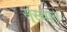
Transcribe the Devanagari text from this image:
स्ंस्थान